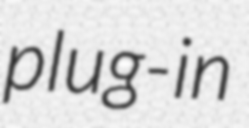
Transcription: plug-in